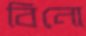
বিনো